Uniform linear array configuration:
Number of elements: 32
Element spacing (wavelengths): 0.25
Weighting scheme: hann
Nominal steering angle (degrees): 0
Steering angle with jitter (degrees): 1.951
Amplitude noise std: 0.05
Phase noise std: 0.05

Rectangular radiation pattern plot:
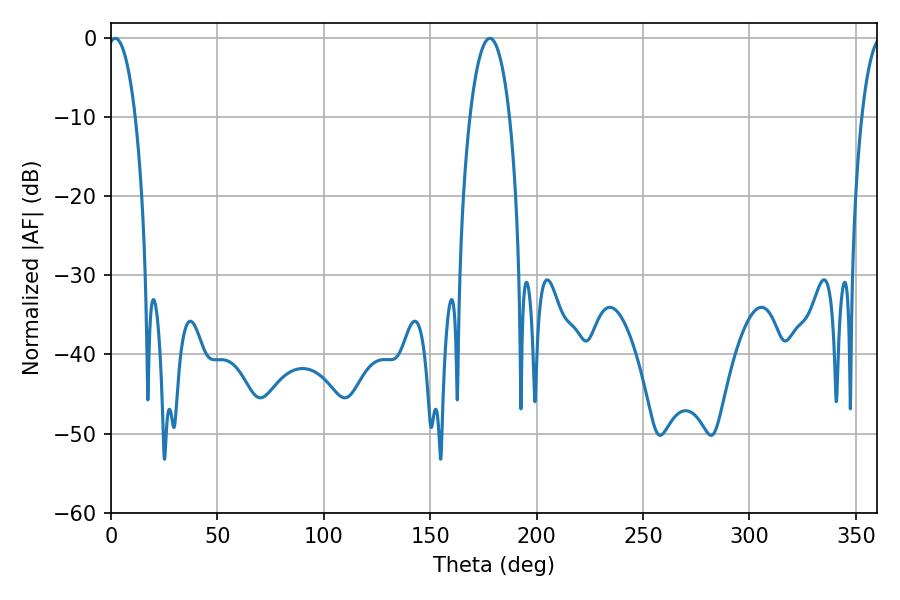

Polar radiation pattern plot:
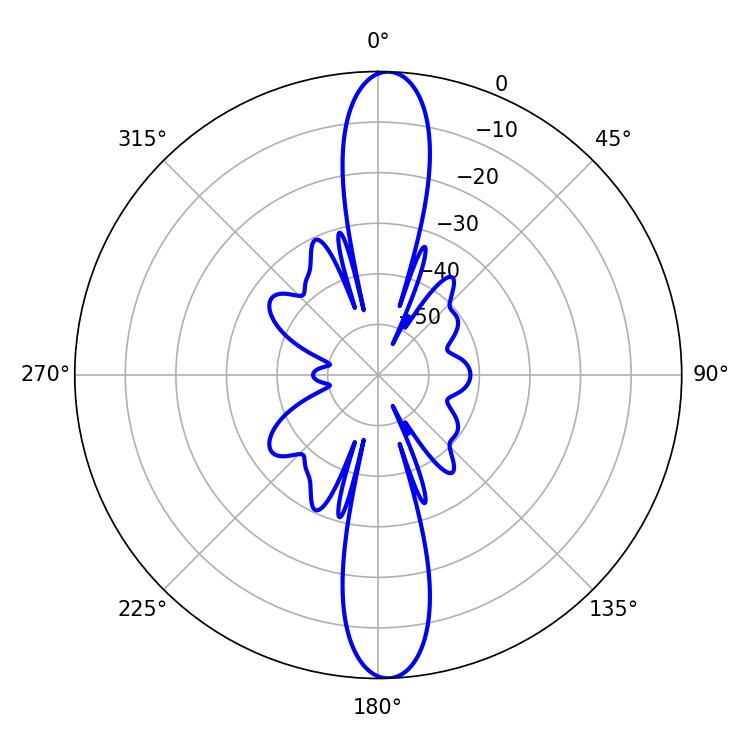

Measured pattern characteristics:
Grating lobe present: FALSE
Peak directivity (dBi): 21.701
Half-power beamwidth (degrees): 7.2
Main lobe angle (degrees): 1.98